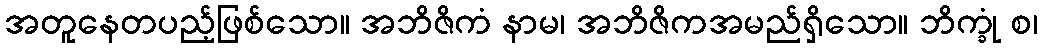
အတူနေတပည့်ဖြစ်သော။ အဘိဇိကံ နာမ၊ အဘိဇိကအမည်ရှိသော။ ဘိက္ခုံ စ၊